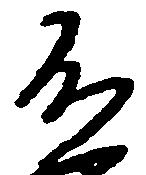
不